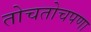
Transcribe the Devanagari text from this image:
तोचतोचपणा